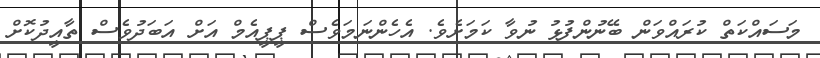
މަސައްކަތް ކުރައްވަން ބޭނުންފުޅު ނުވާ ކަމަށެވެ. އެހެންނަމަވެސް ޕީޕީއެމް އަށް އަބަދުވެސް ތާއީދުކޮށް